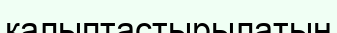
қалыптастырылатын